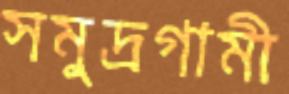
সমুদ্রগামী